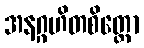
အနဂ္ဂဟိတစိတ္တော